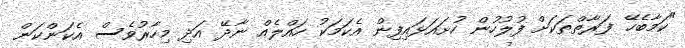
"ކަމާބެހޭ ފަރާތްތަކަށް ފުލުހުން ހުށައަޅައިފިން އެކަމަކު ހައްލެއް ނާދޭ އަދި މިހާރުވެސް އެކަންކަން